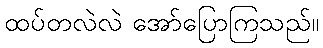
ထပ်တလဲလဲ အော်ပြောကြသည်။